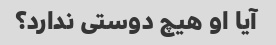
آیا او هیچ دوستی ندارد؟